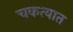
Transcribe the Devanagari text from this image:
चकत्यात